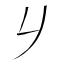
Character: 𠂈